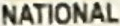
NATIONAL